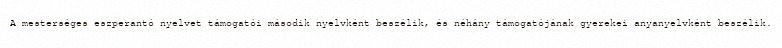
A mesterséges eszperantó nyelvet támogatói második nyelvként beszélik, és néhány támogatójának gyerekei anyanyelvként beszélik.